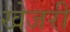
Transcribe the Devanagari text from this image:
खेजरी